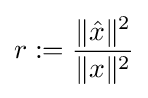
r:={\frac {\|{\hat {x}}\|^{2}}{\|x\|^{2}}}